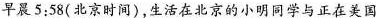
早晨5:58(北京时间)，生活在北京的小明同学与正在美国